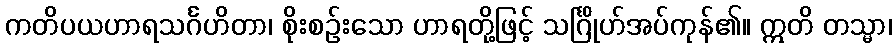
ကတိပယဟာရသင်္ဂဟိတာ၊ စိုးစဉ်းသော ဟာရတို့ဖြင့် သင်္ဂြိုဟ်အပ်ကုန်၏။ ဣတိ တသ္မာ၊